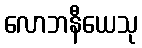
လောဘနီယေသု